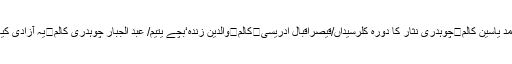
گل احمد یاسین کالم	چوہدری نثار کا دورہ کلرسیداں/قیصراقبال ادریسی	کالم	والدین زندہ‘بچے یتیم/ عبد الجبار چوہدری کالم	یہ آزادی کیا ہے؟